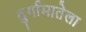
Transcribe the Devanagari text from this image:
दुर्गामातेला